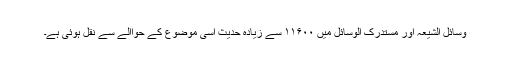
وسائل الشیعہ اور مستدرک الوسائل میں ۱۱۶۰۰ سے زیادہ حدیث اسی موضوع کے حواالے سے نقل ہوئی ہے۔